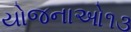
યોજનાઓ૧૩